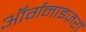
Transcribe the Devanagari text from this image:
ऑर्गनाइज़रों